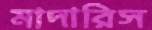
মাদারিস